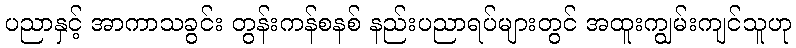
ပညာနှင့် အာကာသခွင်း တွန်းကန်စနစ် နည်းပညာရပ်များတွင် အထူးကျွမ်းကျင်သူဟု